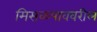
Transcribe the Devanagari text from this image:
मिसळपाववरील